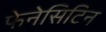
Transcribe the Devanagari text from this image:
फेनेसिटिन